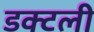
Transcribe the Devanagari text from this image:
डक्टली